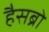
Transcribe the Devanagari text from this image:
हैसब्रो